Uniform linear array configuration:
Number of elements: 64
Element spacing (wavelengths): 1
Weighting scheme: uniform
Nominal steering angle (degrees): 15
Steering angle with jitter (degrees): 16.091
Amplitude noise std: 0.05
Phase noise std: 0.05

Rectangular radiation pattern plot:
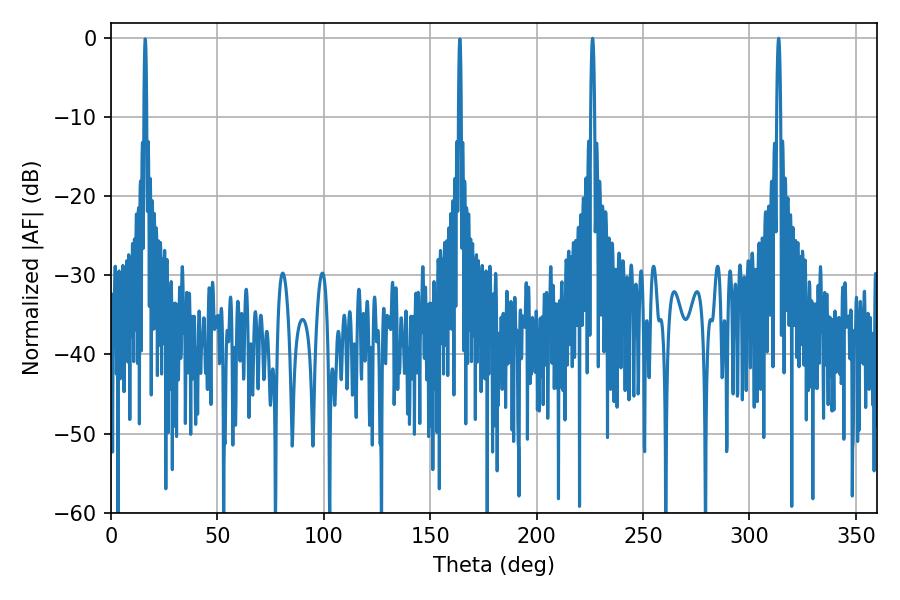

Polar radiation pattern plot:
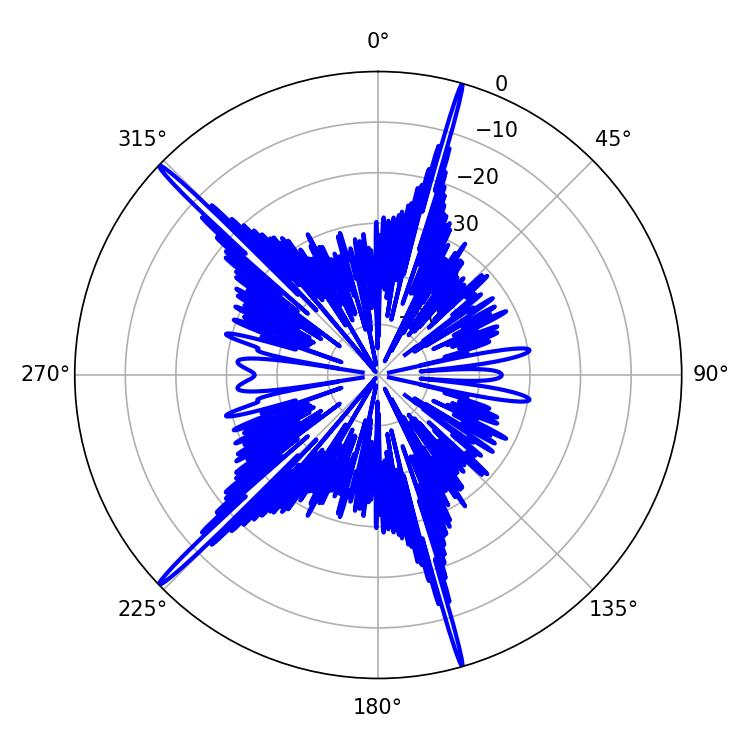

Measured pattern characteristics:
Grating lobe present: TRUE
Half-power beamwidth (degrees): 1.08
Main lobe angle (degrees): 226.26